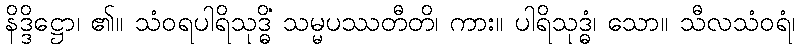
နိဒ္ဒိဋ္ဌော၊ ၏။ သံဝရပါရိသုဒ္ဓိံ သမ္မပဿတီတိ၊ ကား။ ပါရိသုဒ္ဓံ၊ သော။ သီလသံဝရံ၊